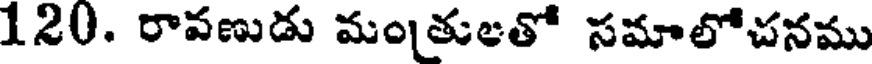
120. రావణుడు మంతులతో సమాలోచనము